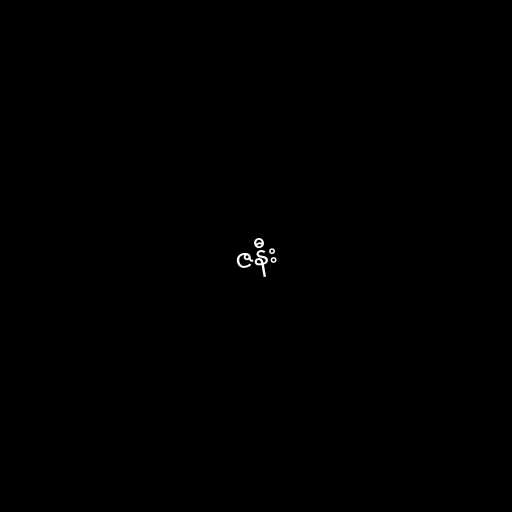
ဇနီး